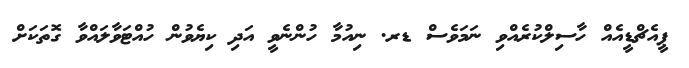
ޕީއެޗްޑީއެއް ހާސިލްކުރެއްވި ނަމަވެސް ޑރ. ނިއުމާ ހުންނެވީ އަދި ކިޔެވުން ހުއްޓަވާލައްވާ ގޮތަކަށް